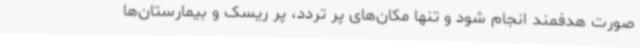
صورت هدفمند انجام شود و تنها مکان‌های پر تردد، پر ریسک و بیمارستان‌ها